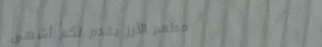
مطعم الأرز يقدم لكم أشهى